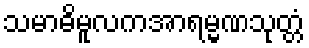
သမာဓိမူလကအာရမ္မဏသုတ္တံ